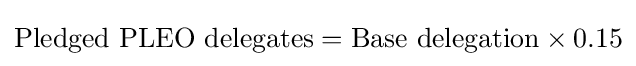
{\text{Pledged PLEO delegates}}={\text{Base delegation}}\times 0.15